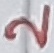
Text: 2